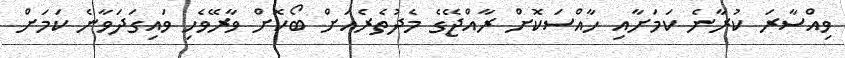
ވިއްސާރަ ކުރާނެ ކަމަށާއި ހާއްސަކޮށް ރާއްޖޭގެ މެދުތެރެއަށް ބޯކޮށް ވާރޭވެހި ވައިގަދަވާނެ ކަމަށް